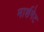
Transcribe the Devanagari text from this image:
मार्शगेट